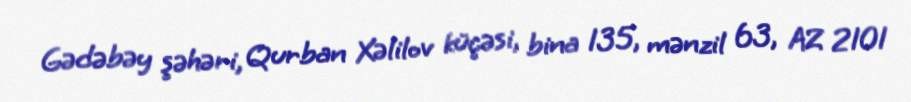
Gədəbəy şəhəri, Qurban Xəlilov küçəsi, bina 135, mənzil 63, AZ 2101